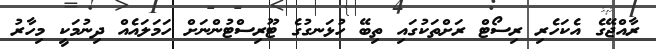
ރާއްޖޭގެ އެކަހެރި ރިސޯޓް ރަށްތަކުގައި ތިބޭ ހުޅަނގުގެ ޓޫރިސްޓުންނަށް ހަމަލައެއް ދިނުމަކީ މިހާރު